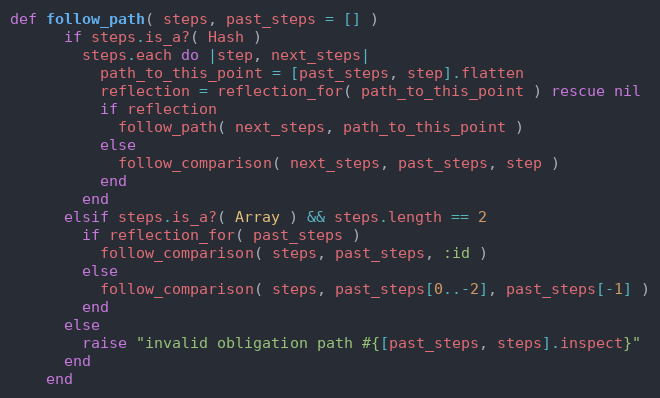
Language: Ruby
def follow_path( steps, past_steps = [] )
      if steps.is_a?( Hash )
        steps.each do |step, next_steps|
          path_to_this_point = [past_steps, step].flatten
          reflection = reflection_for( path_to_this_point ) rescue nil
          if reflection
            follow_path( next_steps, path_to_this_point )
          else
            follow_comparison( next_steps, past_steps, step )
          end
        end
      elsif steps.is_a?( Array ) && steps.length == 2
        if reflection_for( past_steps )
          follow_comparison( steps, past_steps, :id )
        else
          follow_comparison( steps, past_steps[0..-2], past_steps[-1] )
        end
      else
        raise "invalid obligation path #{[past_steps, steps].inspect}"
      end
    end